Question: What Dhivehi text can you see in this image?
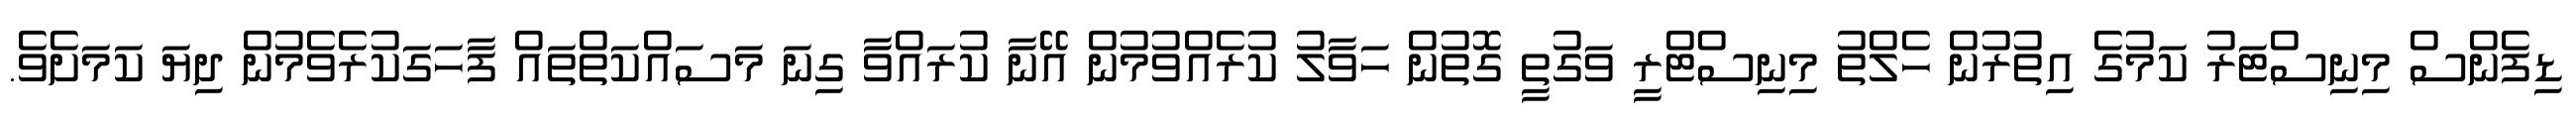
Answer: ޑިފެންސް މިނިސްޓަރު ކަމުގެ އިތުރުން ހެލްތު މިނިސްޓްރީ ވަގުތީ ގޮތުން ހަވާލު ކުރެއްވުމުން އޭނާ ކުރައްވާ ގިނަ މަސައްކަތްތައް ފާހަގަކުރެވެމުން ދިޔަ ކަމަށެވެ.